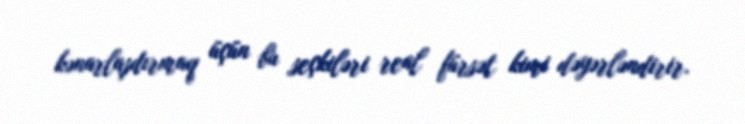
kənarlaşdırmaq üçün bu seçkiləri real fürsət kimi dəyərləndirir.